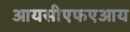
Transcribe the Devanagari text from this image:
आयसीएफएआय